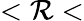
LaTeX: <\mathcal{R}<